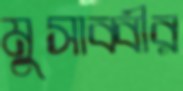
মুসাব্বীর